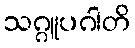
သဂ္ဂူပဂါတိ